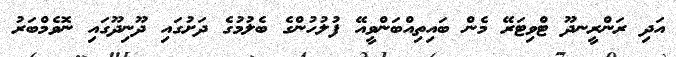
އަދި ރަންރީނދޫ ޓްވިޓަރޭ މެން ބައިތިއްބަންވީއޭ ފުލުހުންގެ ބެލުމުގެ ދަށުގައި ދޫނިދޫގައި ނޮވެމްބަރު